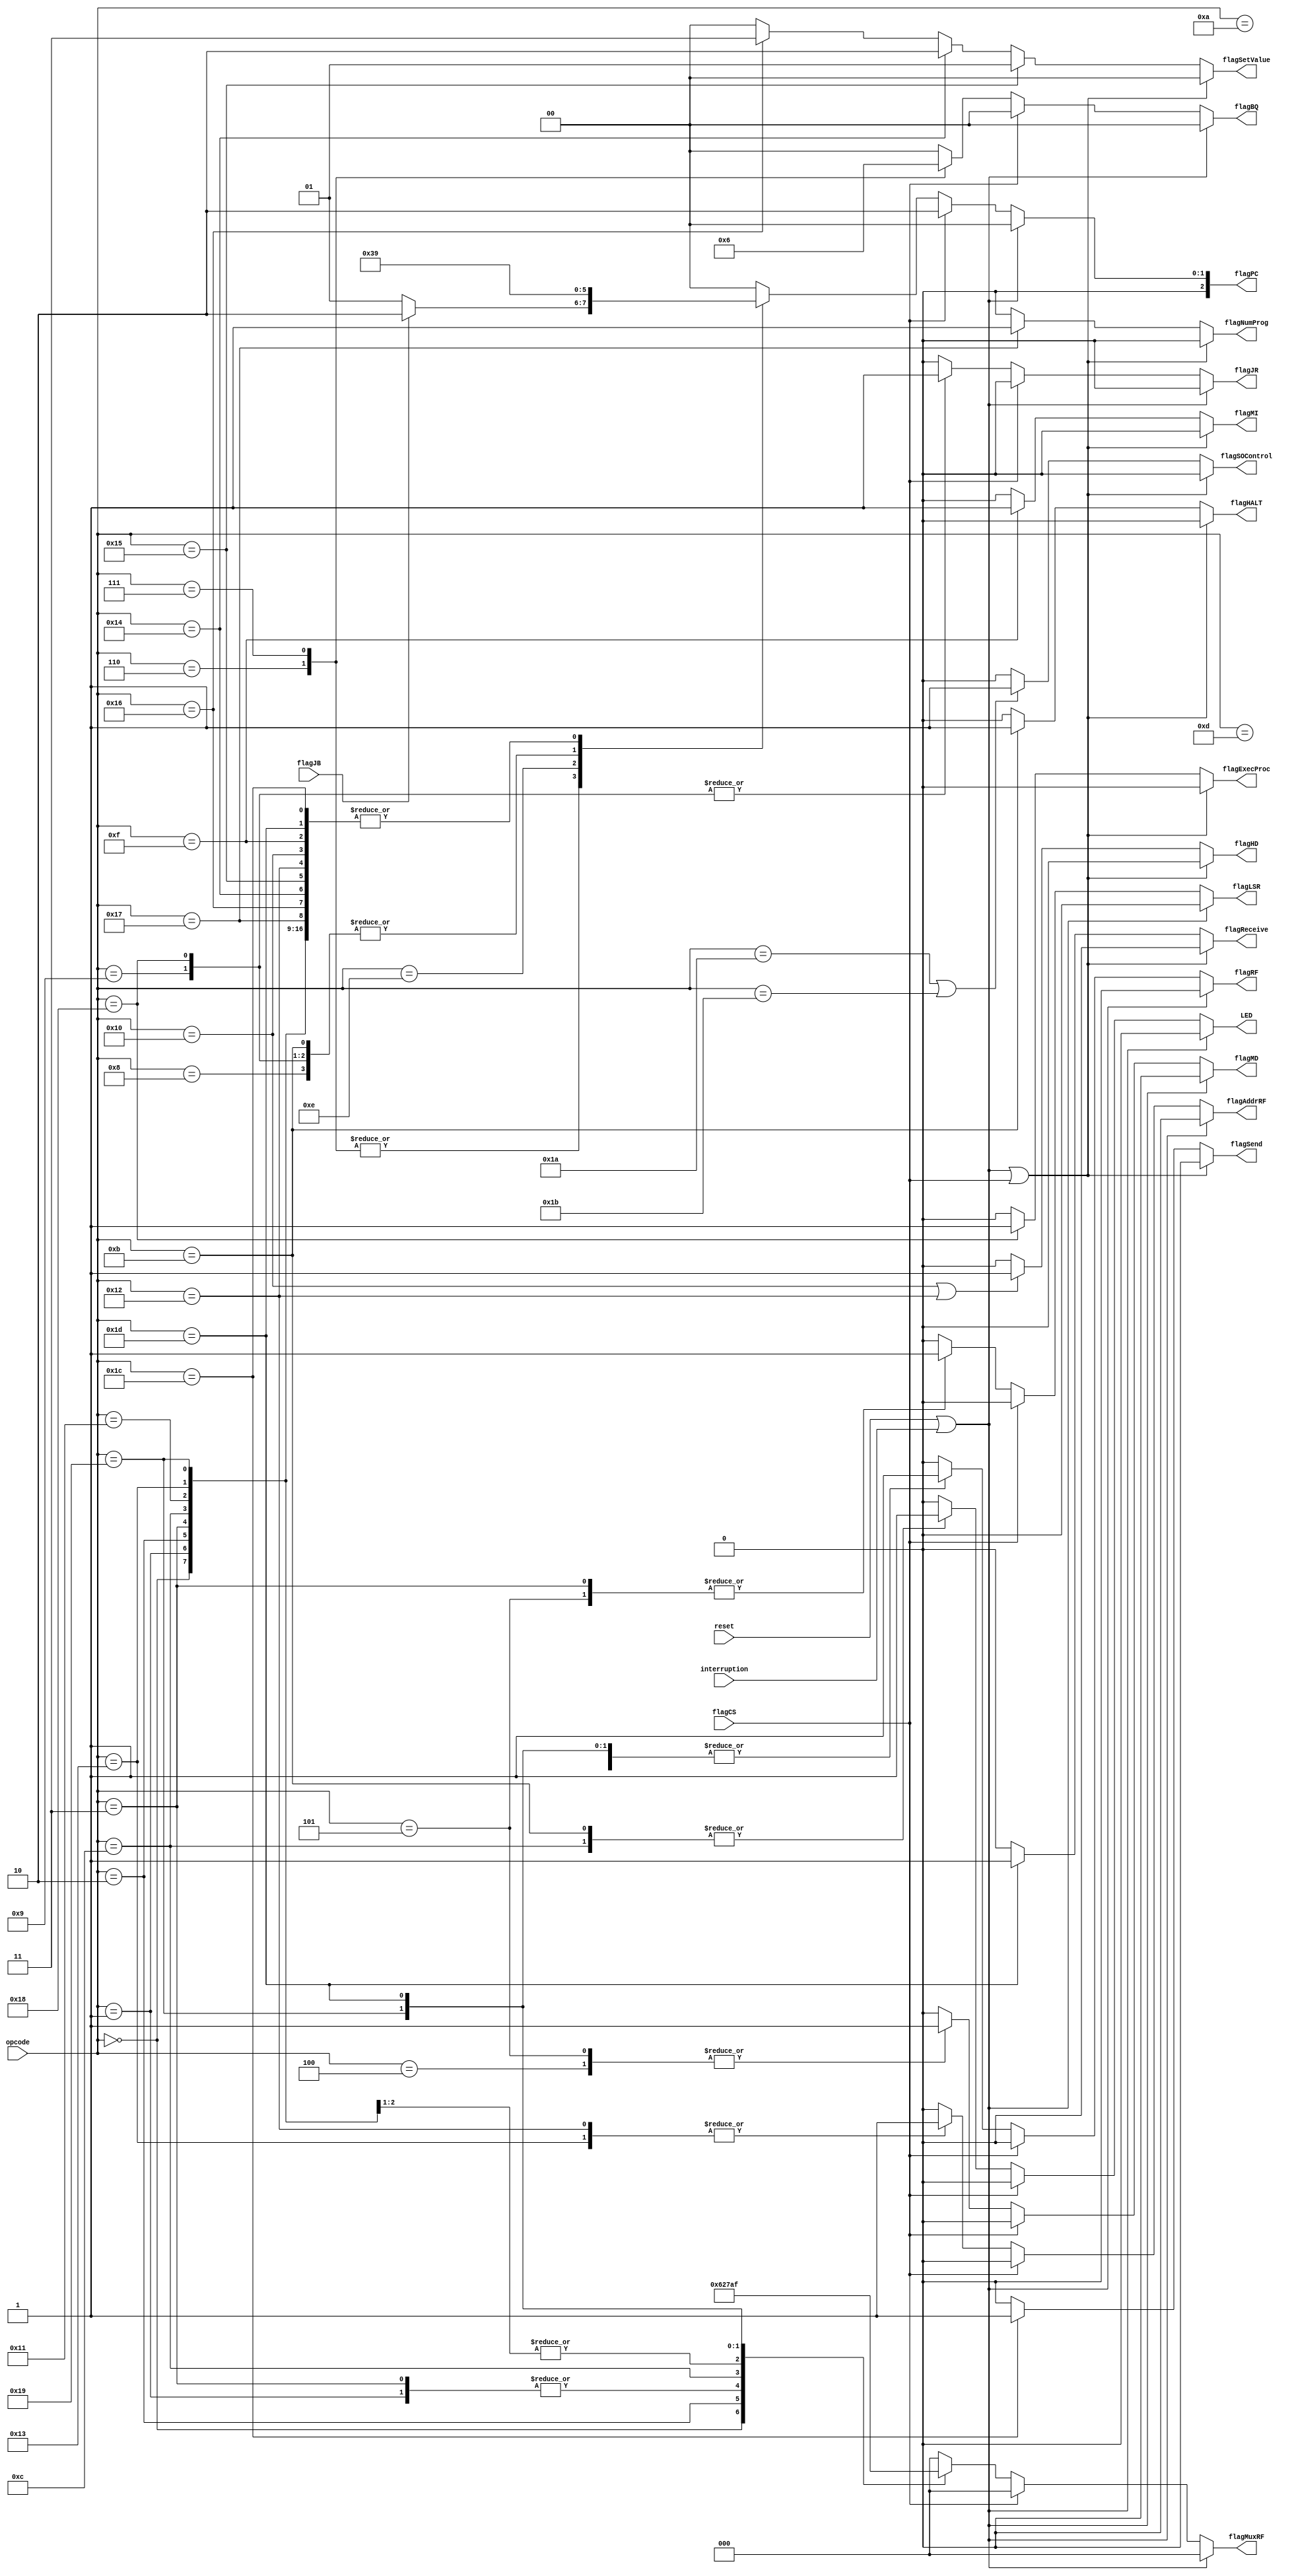
module ControlUnit (
	input reset, //Reset
	input interruption, //Interrupo, para o processador
	input flagJB, //BRANCH
	input flagCS, //Indica a troca de contexto
	input [5:0] opcode, //OPCODE
	output reg LED, //LED indicando leitura de valor
	output reg flagMI, //Escrita na memoria de instrues
	output reg flagMD, //Escrita na memoria de dados
	output reg flagJR, //Jump Register
	output reg flagLSR, //Load Register, Store Register
	output reg flagRF, //Escrita no banco de registradores
	output reg flagAddrRF, //Endereo do RF para escrita
	output reg flagHALT, //Indica o fim da BIOS
	output reg flagExecProc, //Executar um programa
	output reg flagHD, //Controla a escrita no HD
	output reg flagNumProg, //Setar o programa que est sendo executado
	output reg [1:0] flagBQ, //Branches
	output reg [1:0] flagSetValue, //Decide qual varivel ter seu valor alterado
	output reg [2:0] flagPC, //Incremento no endereo da memoria de instruoes
	output reg [2:0] flagMuxRF, //Decide qual dado ser escrito na banco de registradores
	//REDES
	output reg flagSend, //Enviar dado para o Arduino
	output reg flagSOControl, //SO controla as execuoes de rede
	output reg flagReceive
);
	localparam [5:0] ALU = 6'd0, LW = 6'd1, LI = 6'd2, LR = 6'd3, SW = 6'd4, SR = 6'd5,
							BEQ = 6'd6, BNQ = 6'd7, JMP = 6'd8, JR = 6'd9, NOP = 6'd10,
							HLT = 6'd11, IN = 6'd12, OUT = 6'd13, DELAY = 6'd14,
							//Novas instrues
							HD_TRANSFER_MI = 6'd15, SAVE_RF_HD = 6'd16, REC_RF_HD = 6'd17,
							SAVE_RF_HD_IND = 6'd18, REC_RF_HD_IND = 6'd19, SET_MULTIPROG = 6'd20,
							SET_QUANTUM = 6'd21, SET_ADDR_CS = 6'd22, SET_NUM_PROG = 6'd23,
							EXEC_PROCESS = 6'd24, GET_PC_PROCESS = 6'd25,
							//Receive and Send
							SEND = 6'd26, RECEIVE = 6'd27, SEND_SO = 6'd28, RECEIVE_SO = 6'd29;
							//HD_LOAD_MI = 6'd15, HD_LOAD_MD = 6'd16, HD_STORE = 6'd17,
							//SET_MULTIPROG = 6'd18, SET_QUANTUM = 6'd19, SET_ADDR_CS = 6'd20,
							//SET_NUM_PROG = 6'd21, EXEC_PROCESS = 6'd22, GET_PC_PROCESS = 6'd23;
							

//----------------------------------------------------------------------------------------------//
//------------------------ Controlar as instrucoes de send e receive ---------------------------//
// SEND ----------------------------------------------------------------------------------------//
// RECEIVE -------------------------------------------------------------------------------------//
//----------------------------------------------------------------------------------------------//
	always@(*) begin
		if((reset == 1) || (interruption == 1) || (flagCS == 1))
			flagSOControl = 0;
		else if((opcode == SEND) || (opcode == RECEIVE))
			flagSOControl = 1;
		else
			flagSOControl = 0;
	end
							

//----------------------------------------------------------------------------------------------//
//------------------------ Transferir dados Arduino para Processador ---------------------------//
// SEND_SO -------------------------------------------------------------------------------------//
// RECEIVE_SO ----------------------------------------------------------------------------------//
//----------------------------------------------------------------------------------------------//
	always@(*) begin
		if((reset == 1) || (interruption == 1) || (flagCS == 1))
			flagSend = 0;
		else if(opcode == SEND_SO)
			flagSend = 1;
		else
			flagSend = 0;
	end
	
	always@(*) begin
		if((reset == 1) || (interruption == 1) || (flagCS == 1))
			flagReceive = 0;
		else if(opcode == RECEIVE_SO)
			flagReceive = 1;
		else
			flagReceive = 0;
	end
							
//----------------------------------------------------------------------------------------------//
//------------------------ Transferir dados para a Memria de Instrues -----------------------//
// HD_TRANSFER_MI ------------------------------------------------------------------------------//
//----------------------------------------------------------------------------------------------//
	always@(*) begin
		if((reset == 1) || (interruption == 1) || (flagCS == 1))
			flagMI = 0;
		else if(opcode == HD_TRANSFER_MI)
			flagMI = 1;
		else
			flagMI = 0;
	end
	
//----------------------------------------------------------------------------------------------//
//------------------------------------------ HD ------------------------------------------------//
// SAVE_RF_HD ----------------------------------------------------------------------------------//
// SAVE_RF_HD_IND ------------------------------------------------------------------------------//
//----------------------------------------------------------------------------------------------//
	always@(*) begin
		if((reset == 1) || (interruption == 1) || (flagCS == 1))
			flagHD = 0;
		else if((opcode == SAVE_RF_HD) || (opcode == SAVE_RF_HD_IND))
			flagHD = 1;
		else
			flagHD = 0;
	end
//----------------------------------------------------------------------------------------------//
//----------------------------------------- HALT -----------------------------------------------//
// HLT -----------------------------------------------------------------------------------------//
//----------------------------------------------------------------------------------------------//
	always@(*) begin
		if((reset == 1) || (interruption == 1) || (flagCS == 1))
			flagHALT = 0;
		else if(opcode == HLT)
			flagHALT = 1;
		else
			flagHALT = 0;
	end
//----------------------------------------------------------------------------------------------//
//-------------------------------- Executar processo -------------------------------------------//
// EXEC_PROCESS --------------------------------------------------------------------------------//
//----------------------------------------------------------------------------------------------//
	always@(*) begin
		if((reset == 1) || (interruption == 1) || (flagCS == 1))
			flagExecProc = 0;
		else if(opcode == EXEC_PROCESS)
			flagExecProc = 1;
		else
			flagExecProc = 0;
	end
//----------------------------------------------------------------------------------------------//
//------------------------- Setar valores para multiprogramao --------------------------------//
// SET_QUANTUM ---------------------------------------------------------------------------------//
// SET_MULTIPROG -------------------------------------------------------------------------------//
// SET_ADDR_CS ---------------------------------------------------------------------------------//
//----------------------------------------------------------------------------------------------//
	always@(*) begin
		if((reset == 1) || (interruption == 1) || (flagCS == 1))
			flagSetValue = 2'd0;
		else if(opcode == SET_QUANTUM)
			flagSetValue = 2'd1;
		else if(opcode == SET_MULTIPROG)
			flagSetValue = 2'd2;
		else if(opcode == SET_ADDR_CS)
			flagSetValue = 2'd3;
		else
			flagSetValue = 2'd0;
	end
//----------------------------------------------------------------------------------------------//
//------------------------- Apresentar no LCD o programa em execuo ---------------------------//
// SET_NUM_PROG --------------------------------------------------------------------------------//
//----------------------------------------------------------------------------------------------//
	always@(*) begin
		if((reset == 1) || (interruption == 1) || (flagCS == 1))
			flagNumProg = 0;
		else if(opcode == SET_NUM_PROG)
			flagNumProg = 1;
		else
			flagNumProg = 0;
	end
//----------------------------------------------------------------------------------------------//
//----------------------------------- Demais instrues ----------------------------------------//
//----------------------------------------------------------------------------------------------//
	always@ (*) begin
		if((reset == 1) || (interruption == 1)) begin
			LED = 0;
			flagMD = 0;
			flagJR = 0;
			flagLSR = 0;
			flagRF = 0;
			flagAddrRF = 0;
			flagPC = 3'd0;
			flagBQ = 2'd0;
			flagMuxRF = 3'd0;
		end
		else if(flagCS == 1) begin
			LED = 0;
			flagMD = 0;
			flagJR = 0;
			flagLSR = 0;
			flagRF = 0;
			flagAddrRF = 0;
			flagPC = 3'd2;
			flagBQ = 2'd0;
			flagMuxRF = 3'd0;
		end
		else begin
			case (opcode)
				ALU: begin //Operaes lgicas e aritmticas
					LED = 0;
					flagMD = 0;
					flagJR = 0;
					flagLSR = 0;
					flagRF = 1;
					flagAddrRF = 0;
					flagPC = 3'd1;
					flagBQ = 2'd0;
					flagMuxRF = 3'd1;
				end
				LW: begin //Load Word
					LED = 0;
					flagMD = 0;
					flagJR = 0;
					flagLSR = 0;
					flagRF = 1;
					flagAddrRF = 0;
					flagPC = 3'd1;
					flagBQ = 2'd0;
					flagMuxRF = 3'd2;
				end
				LI: begin //LOADI
					LED = 0;
					flagMD = 0;
					flagJR = 0;
					flagLSR = 0;
					flagRF = 1;
					flagAddrRF = 0;
					flagPC = 3'd1;
					flagBQ = 2'd0;
					flagMuxRF = 3'd4;
				end
				LR: begin //LOADR
					LED = 0;
					flagMD = 0;
					flagJR = 0;
					flagLSR = 1;
					flagRF = 1;
					flagAddrRF = 0;
					flagPC = 3'd1;
					flagBQ = 2'd0;
					flagMuxRF = 3'd2;
				end
				SW: begin //Store Word
					LED = 0;
					flagMD = 1;
					flagJR = 0;
					flagLSR = 0;
					flagRF = 0;
					flagAddrRF = 0;
					flagPC = 3'd1;
					flagBQ = 2'd0;
					flagMuxRF = 3'd0;
				end
				SR: begin //STORER
					LED = 0;
					flagMD = 1;
					flagJR = 0;
					flagLSR = 1;
					flagRF = 0;
					flagAddrRF = 0;
					flagPC = 3'd1;
					flagBQ = 2'd0;
					flagMuxRF = 3'd0;
				end
				BEQ: begin //Branch Equal
					LED = 0;
					flagMD = 0;
					flagJR = 0;
					flagLSR = 0;
					flagRF = 0;
					flagAddrRF = 0;
					flagBQ = 2'd1;
					flagMuxRF = 3'd0;
					if(flagJB == 1)
						flagPC = 3'd2;
					else flagPC = 3'd1;
				end
				BNQ: begin //Branch Not Equal
					LED = 0;
					flagMD = 0;
					flagJR = 0;
					flagLSR = 0;
					flagRF = 0;
					flagAddrRF = 0;
					flagBQ = 2'd2;
					flagMuxRF = 3'd0;
					if(flagJB == 1)
						flagPC = 3'd2;
					else flagPC = 3'd1;
				end
				JMP: begin //Jump
					LED = 0;
					flagMD = 0;
					flagJR = 0;
					flagLSR = 0;
					flagRF = 0;
					flagAddrRF = 0;
					flagPC = 3'd2;
					flagBQ = 2'd0;
					flagMuxRF = 3'd0;
				end
				JR: begin //Jump register
					LED = 0;
					flagMD = 0;
					flagJR = 1;
					flagLSR = 0;
					flagRF = 0;
					flagAddrRF = 0;
					flagPC = 3'd2;
					flagBQ = 2'd0;
					flagMuxRF = 3'd0;
				end
				NOP: begin //No operation
					LED = 0;
					flagMD = 0;
					flagJR = 0;
					flagLSR = 0;
					flagRF = 0;
					flagAddrRF = 0;
					flagPC = 3'd1;
					flagBQ = 2'd0;
					flagMuxRF = 3'd0;
				end
				HLT: begin //HALT
					//LED = 0;
					LED = 1;
					flagMD = 0;
					flagJR = 0;
					flagLSR = 0;
					flagRF = 0;
					flagAddrRF = 0;
					flagPC = 3'd2;
					flagBQ = 2'd0;
					flagMuxRF = 3'd0;
				end
				IN: begin //IN
					LED = 1;
					flagMD = 0;
					flagJR = 0;
					flagLSR = 0;
					flagRF = 1;
					flagAddrRF = 0;
					flagPC = 3'd1;
					flagBQ = 2'd0;
					flagMuxRF = 3'd3;
				end
				OUT: begin //OUT
					LED = 0;
					flagMD = 0;
					flagJR = 0;
					flagLSR = 0;
					flagRF = 0;
					flagAddrRF = 0;
					flagPC = 3'd1;
					flagBQ = 2'd0;
					flagMuxRF = 3'd0;
				end
				DELAY: begin
					LED = 0;
					flagMD = 0;
					flagJR = 0;
					flagLSR = 0;
					flagRF = 0;
					flagAddrRF = 0;
					flagPC = 3'd3;
					flagBQ = 2'd0;
					flagMuxRF = 3'd0;
				end
				HD_TRANSFER_MI: begin
					LED = 0;
					flagMD = 0;
					flagJR = 0;
					flagLSR = 0;
					flagRF = 0;
					flagAddrRF = 0;
					flagPC = 3'd1;
					flagBQ = 2'd0;
					flagMuxRF = 3'd0;
				end
				SAVE_RF_HD: begin
					LED = 0;
					flagMD = 0;
					flagJR = 0;
					flagLSR = 0;
					flagRF = 0;
					flagAddrRF = 0;
					flagPC = 3'd1;
					flagBQ = 2'd0;
					flagMuxRF = 3'd0;
				end
				REC_RF_HD: begin
					LED = 0;
					flagMD = 0;
					flagJR = 0;
					flagLSR = 0;
					flagRF = 1;
					flagAddrRF = 0;
					flagPC = 3'd1;
					flagBQ = 2'd0;
					flagMuxRF = 3'd6;
				end
				SAVE_RF_HD_IND: begin
					LED = 0;
					flagMD = 0;
					flagJR = 0;
					flagLSR = 0;
					flagRF = 0;
					flagAddrRF = 1;
					flagPC = 3'd1;
					flagBQ = 2'd0;
					flagMuxRF = 3'd0;
				end
				REC_RF_HD_IND: begin
					LED = 0;
					flagMD = 0;
					flagJR = 0;
					flagLSR = 0;
					flagRF = 1;
					flagAddrRF = 1;
					flagPC = 3'd1;
					flagBQ = 2'd0;
					flagMuxRF = 3'd6;
				end
				SET_MULTIPROG: begin
					LED = 0;
					flagMD = 0;
					flagJR = 0;
					flagLSR = 0;
					flagRF = 0;
					flagAddrRF = 0;
					flagPC = 3'd1;
					flagBQ = 2'd0;
					flagMuxRF = 3'd0;
				end
				SET_QUANTUM: begin
					LED = 0;
					flagMD = 0;
					flagJR = 0;
					flagLSR = 0;
					flagRF = 0;
					flagAddrRF = 0;
					flagPC = 3'd1;
					flagBQ = 2'd0;
					flagMuxRF = 3'd0;
				end
				SET_ADDR_CS: begin
					LED = 0;
					flagMD = 0;
					flagJR = 0;
					flagLSR = 0;
					flagRF = 0;
					flagAddrRF = 0;
					flagPC = 3'd1;
					flagBQ = 2'd0;
					flagMuxRF = 3'd0;
				end
				SET_NUM_PROG: begin
					LED = 0;
					flagMD = 0;
					flagJR = 0;
					flagLSR = 0;
					flagRF = 0;
					flagAddrRF = 0;
					flagPC = 3'd1;
					flagBQ = 2'd0;
					flagMuxRF = 3'd0;
				end
				EXEC_PROCESS: begin
					LED = 0;
					flagMD = 0;
					flagJR = 1;
					flagLSR = 0;
					flagRF = 0;
					flagAddrRF = 0;
					flagPC = 3'd2;
					flagBQ = 2'd0;
					flagMuxRF = 3'd0;
				end
				GET_PC_PROCESS: begin
					LED = 0;
					flagMD = 0;
					flagJR = 0;
					flagLSR = 0;
					flagRF = 1;
					flagAddrRF = 0;
					flagPC = 3'd1;
					flagBQ = 2'd0;
					flagMuxRF = 3'd5;
				end
				SEND: begin
					LED = 0;
					flagMD = 0;
					flagJR = 0;
					flagLSR = 0;
					flagRF = 0;
					flagAddrRF = 0;
					flagPC = 3'd0;
					flagBQ = 2'd0;
					flagMuxRF = 3'd0;
				end
				RECEIVE: begin
					LED = 0;
					flagMD = 0;
					flagJR = 0;
					flagLSR = 0;
					flagRF = 0;
					flagAddrRF = 0;
					flagPC = 3'd0;
					flagBQ = 2'd0;
					flagMuxRF = 3'd0;
				end
				SEND_SO: begin
					LED = 0;
					flagMD = 0;
					flagJR = 0;
					flagLSR = 0;
					flagRF = 0;
					flagAddrRF = 0;
					flagPC = 3'd1;
					flagBQ = 2'd0;
					flagMuxRF = 3'd0;
				end
				RECEIVE_SO: begin
					LED = 0;
					flagMD = 0;
					flagJR = 0;
					flagLSR = 0;
					flagRF = 1;
					flagAddrRF = 0;
					flagPC = 3'd1;
					flagBQ = 2'd0;
					flagMuxRF = 3'd7;
				end
				default: begin
					LED = 0;
					flagMD = 0;
					flagJR = 0;
					flagLSR = 0;
					flagRF = 0;
					flagAddrRF = 0;
					flagPC = 3'd0;
					flagBQ = 2'd0;
					flagMuxRF = 3'd0;
				end
			endcase
		end
	end
endmodule